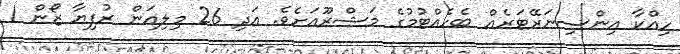
ހިއްކާ އިންސިނަރޭޓަރެއް ބެހެއްޓުމުގެ މަޝްރޫޢަށެވެ. އަދި 26 މިލިއަން ރުފިޔާ ޒޯން 1